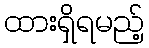
ထားရှိရမည့်